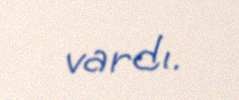
vardı.